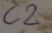
Text: C2